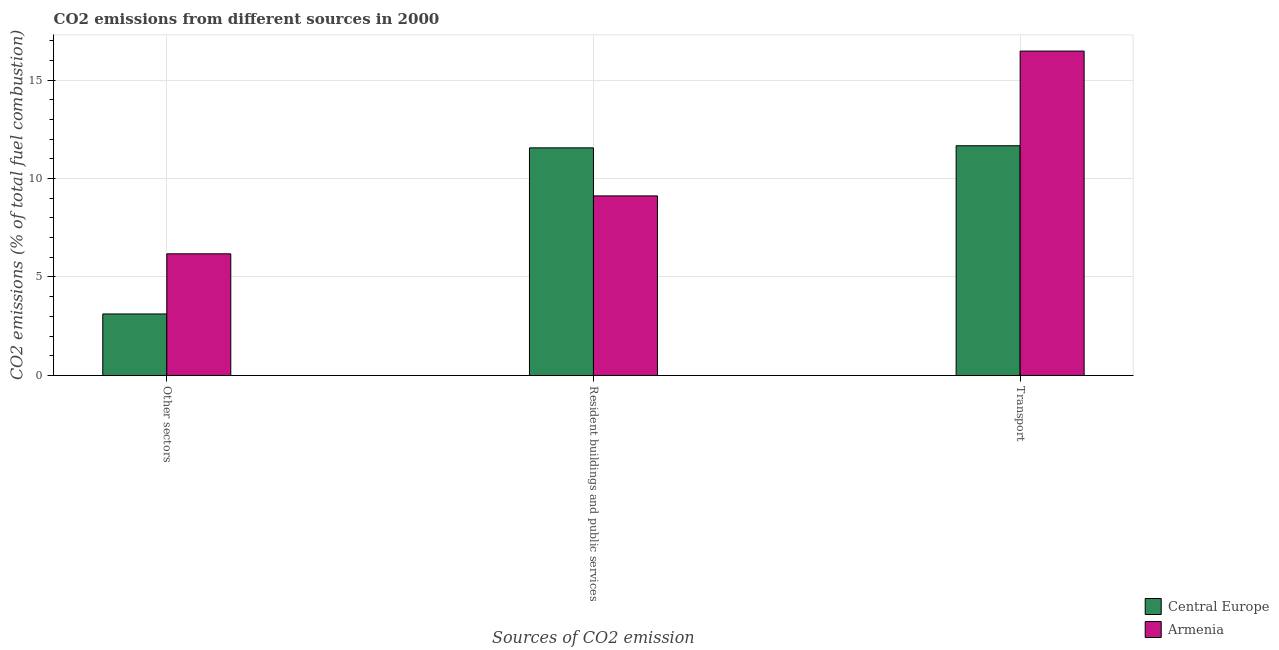
| Sources of CO2 emission | Central Europe | Armenia |
 | --- | --- | --- |
 | Other sectors | 3.12 | 6.18 |
 | Resident buildings and public services | 11.6 | 9.12 |
 | Transport | 11.7 | 16.5 |